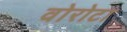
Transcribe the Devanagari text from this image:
वोरोटा